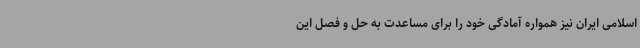
اسلامی ایران نیز همواره آمادگی خود را برای مساعدت به حل و فصل این